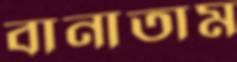
বানাতাম